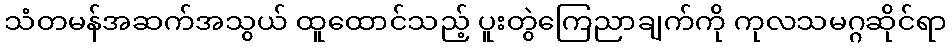
သံတမန်အဆက်အသွယ် ထူထောင်သည့် ပူးတွဲကြေညာချက်ကို ကုလသမဂ္ဂဆိုင်ရာ